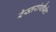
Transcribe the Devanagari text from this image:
रेस्तरांप्लैनेट